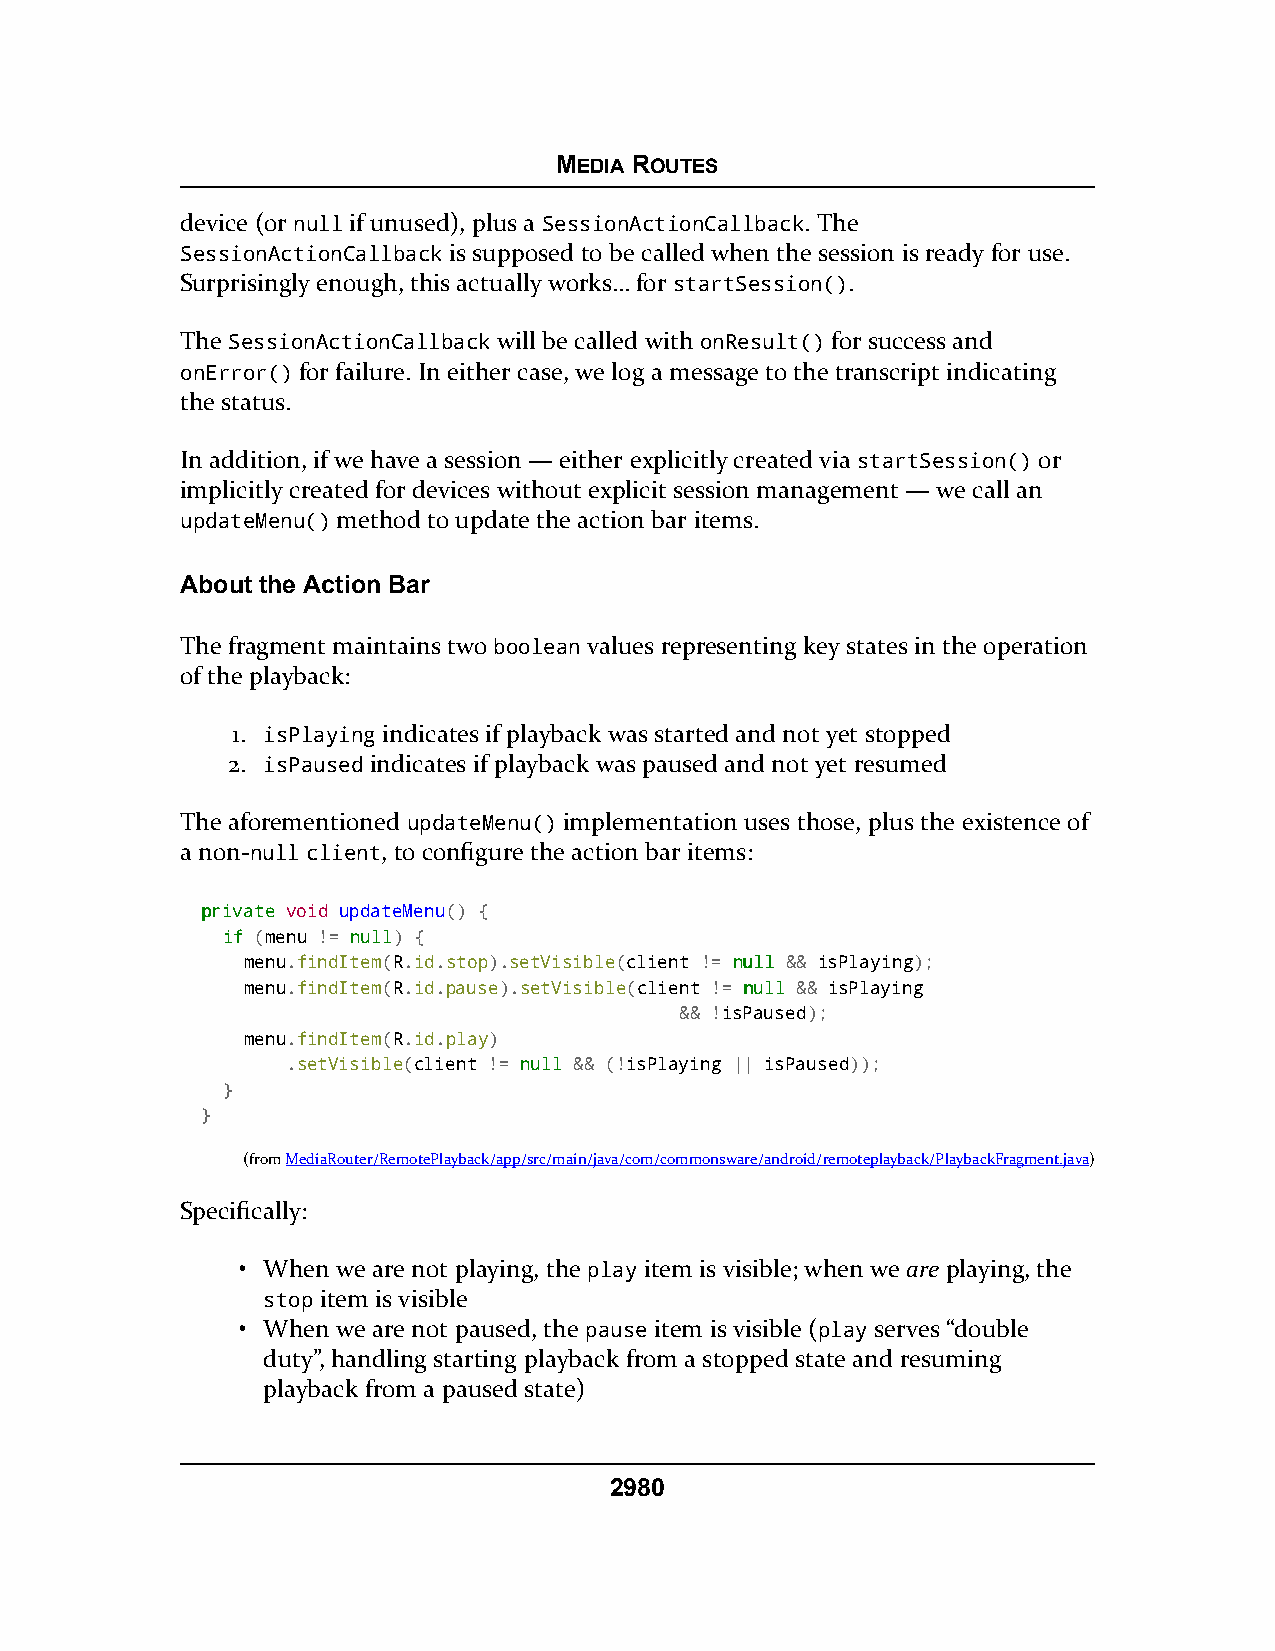
MEDIA ROUTES
 device (or null if unused), plus a SessionActionCallback. The
 SessionActionCallback is supposed to be called when the session is ready for use.
 Surprisingly enough, this actually works… for startSession().
 The SessionActionCallback will be called with onResult() for success and
 onError() for failure. In either case, we log a message to the transcript indicating
 the status.
 In addition, if we have a session — either explicitly created via startSession() or
 implicitly created for devices without explicit session management — we call an
 updateMenu() method to update the action bar items.
 About the Action Bar
 The fragment maintains two boolean values representing key states in the operation
 of the playback:
 1. isPlaying indicates if playback was started and not yet stopped
 2. isPaused indicates if playback was paused and not yet resumed
 The aforementioned updateMenu() implementation uses those, plus the existence of
 a non-null client, to configure the action bar items:
 pprriivvaattee void updateMenu() {
 iiff (menu != nnuullll) {
 menu.findItem(R.id.stop).setVisible(client != nnuullll && isPlaying);
 menu.findItem(R.id.pause).setVisible(client != nnuullll && isPlaying
 && !isPaused);
 menu.findItem(R.id.play)
 .setVisible(client != nnuullll && (!isPlaying || isPaused));
 }
 }
 (fromMediaRouter/RemotePlayback/app/src/main/java/com/commonsware/android/remoteplayback/PlaybackFragment.java)
 Specifically:
 • When we are not playing, the play item is visible; when we are playing, the
 stop item is visible
 • When we are not paused, the pause item is visible (play serves “double
 duty”, handling starting playback from a stopped state and resuming
 playback from a paused state)
 2980